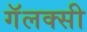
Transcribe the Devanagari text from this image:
गॅलक्सी